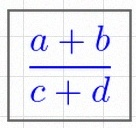
\frac{a+b}{c+d}